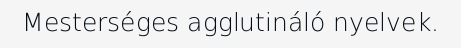
Mesterséges agglutináló nyelvek.